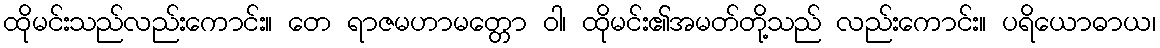
ထိုမင်းသည်လည်းကောင်း။ တေ ရာဇမဟာမတ္တော ဝါ၊ ထိုမင်း၏အမတ်တို့သည် လည်းကောင်း။ ပရိယောဓာယ၊